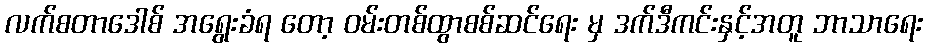
လက်စတာဒေါစ် အရွေးခံရ တော့ ဝမ်းတစ်ထွာစစ်ဆင်ရေး မှ ဒက်ဒီကင်းနှင့်အတူ ဘာသာရေး